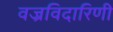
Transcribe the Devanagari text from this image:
वज्रविदारिणी